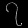
Digit: ၇